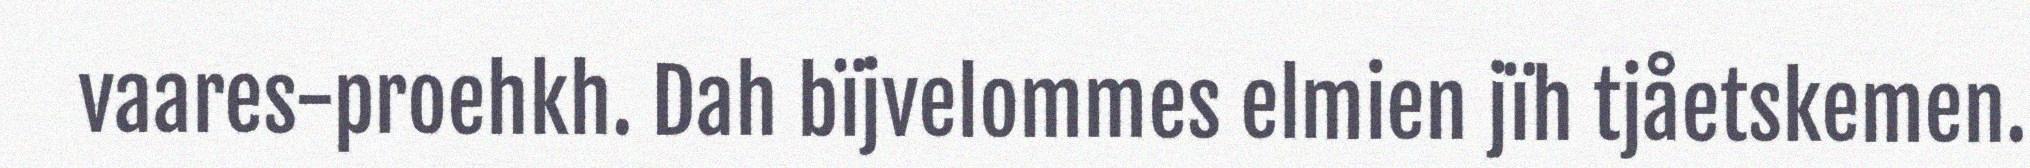
vaares-proehkh. Dah bïjvelommes elmien jïh tjåetskemen.